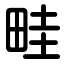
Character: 畦